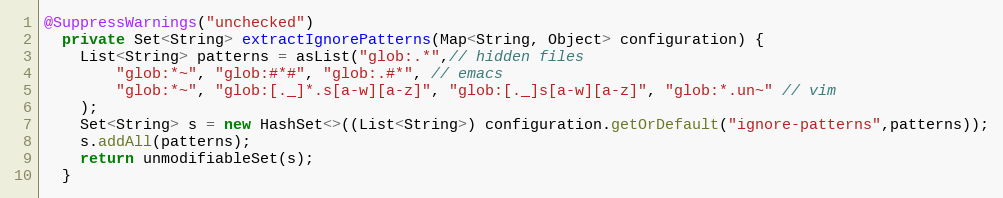
Language: Java
@SuppressWarnings("unchecked")
  private Set<String> extractIgnorePatterns(Map<String, Object> configuration) {
    List<String> patterns = asList("glob:.*",// hidden files
        "glob:*~", "glob:#*#", "glob:.#*", // emacs
        "glob:*~", "glob:[._]*.s[a-w][a-z]", "glob:[._]s[a-w][a-z]", "glob:*.un~" // vim
    );
    Set<String> s = new HashSet<>((List<String>) configuration.getOrDefault("ignore-patterns",patterns));
    s.addAll(patterns);
    return unmodifiableSet(s);
  }